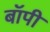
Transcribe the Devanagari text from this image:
बॉपी